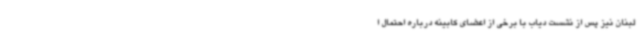
لبنان نیز پس از نشست دیاب با برخی از اعضای کابینه درباره احتمال ا